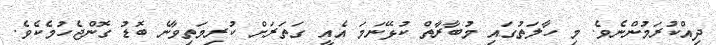
ދިއްކުރަމުންނެވެ. މި ހާލަތުގައި މުބާރާތް ކުޅޭނަމަ އެއީ ގަތަރަށް ކުރިމަތިވާނެ ބޮޑު ގޮންޖެހުމެކެވެ.